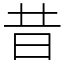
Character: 昔